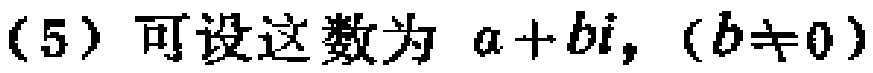
(5) 可设这数为 \(a + bi, (b\neq 0)\)